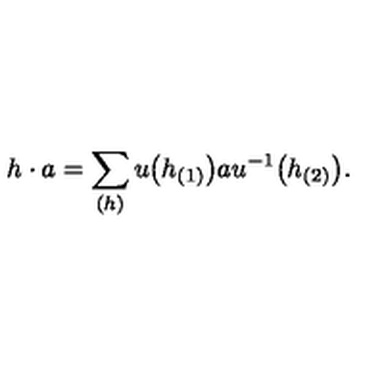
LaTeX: h \cdot a = \sum _ { ( h ) } u \big ( h _ { ( 1 ) } \big ) a u ^ { - 1 } \big ( h _ { ( 2 ) } \big ) .